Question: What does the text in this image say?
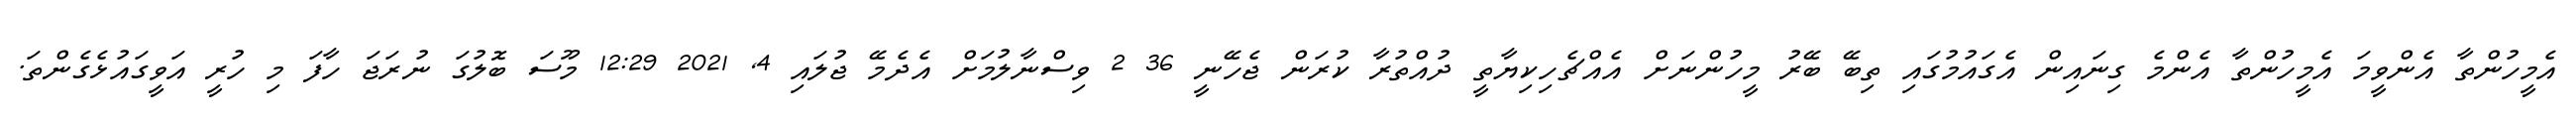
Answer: އެމީހުންތާ އެންވީމަ އެމީހުންތާ އެންމެ ގިނައިން އެގައުމުގައި ތިބޭ ބޭރު މީހުންނަށް އެއްޗެހިކިޔާތީ ދުއްތުރާ ކުރަން ޖެހޭނީ 36 2 ވިސްނާލުމަށް އެދެމޭ ޖުލައި 4, 2021 12:29 މޫސަ ބޮލުގަ ނުރަޖަ ހާފަ މި ހުރީ އަވީގައުޅެގެންތަ.